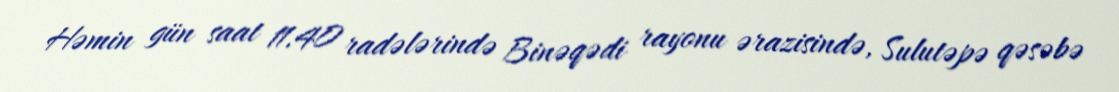
Həmin gün saat 11.40 radələrində Binəqədi rayonu ərazisində, Sulutəpə qəsəbə